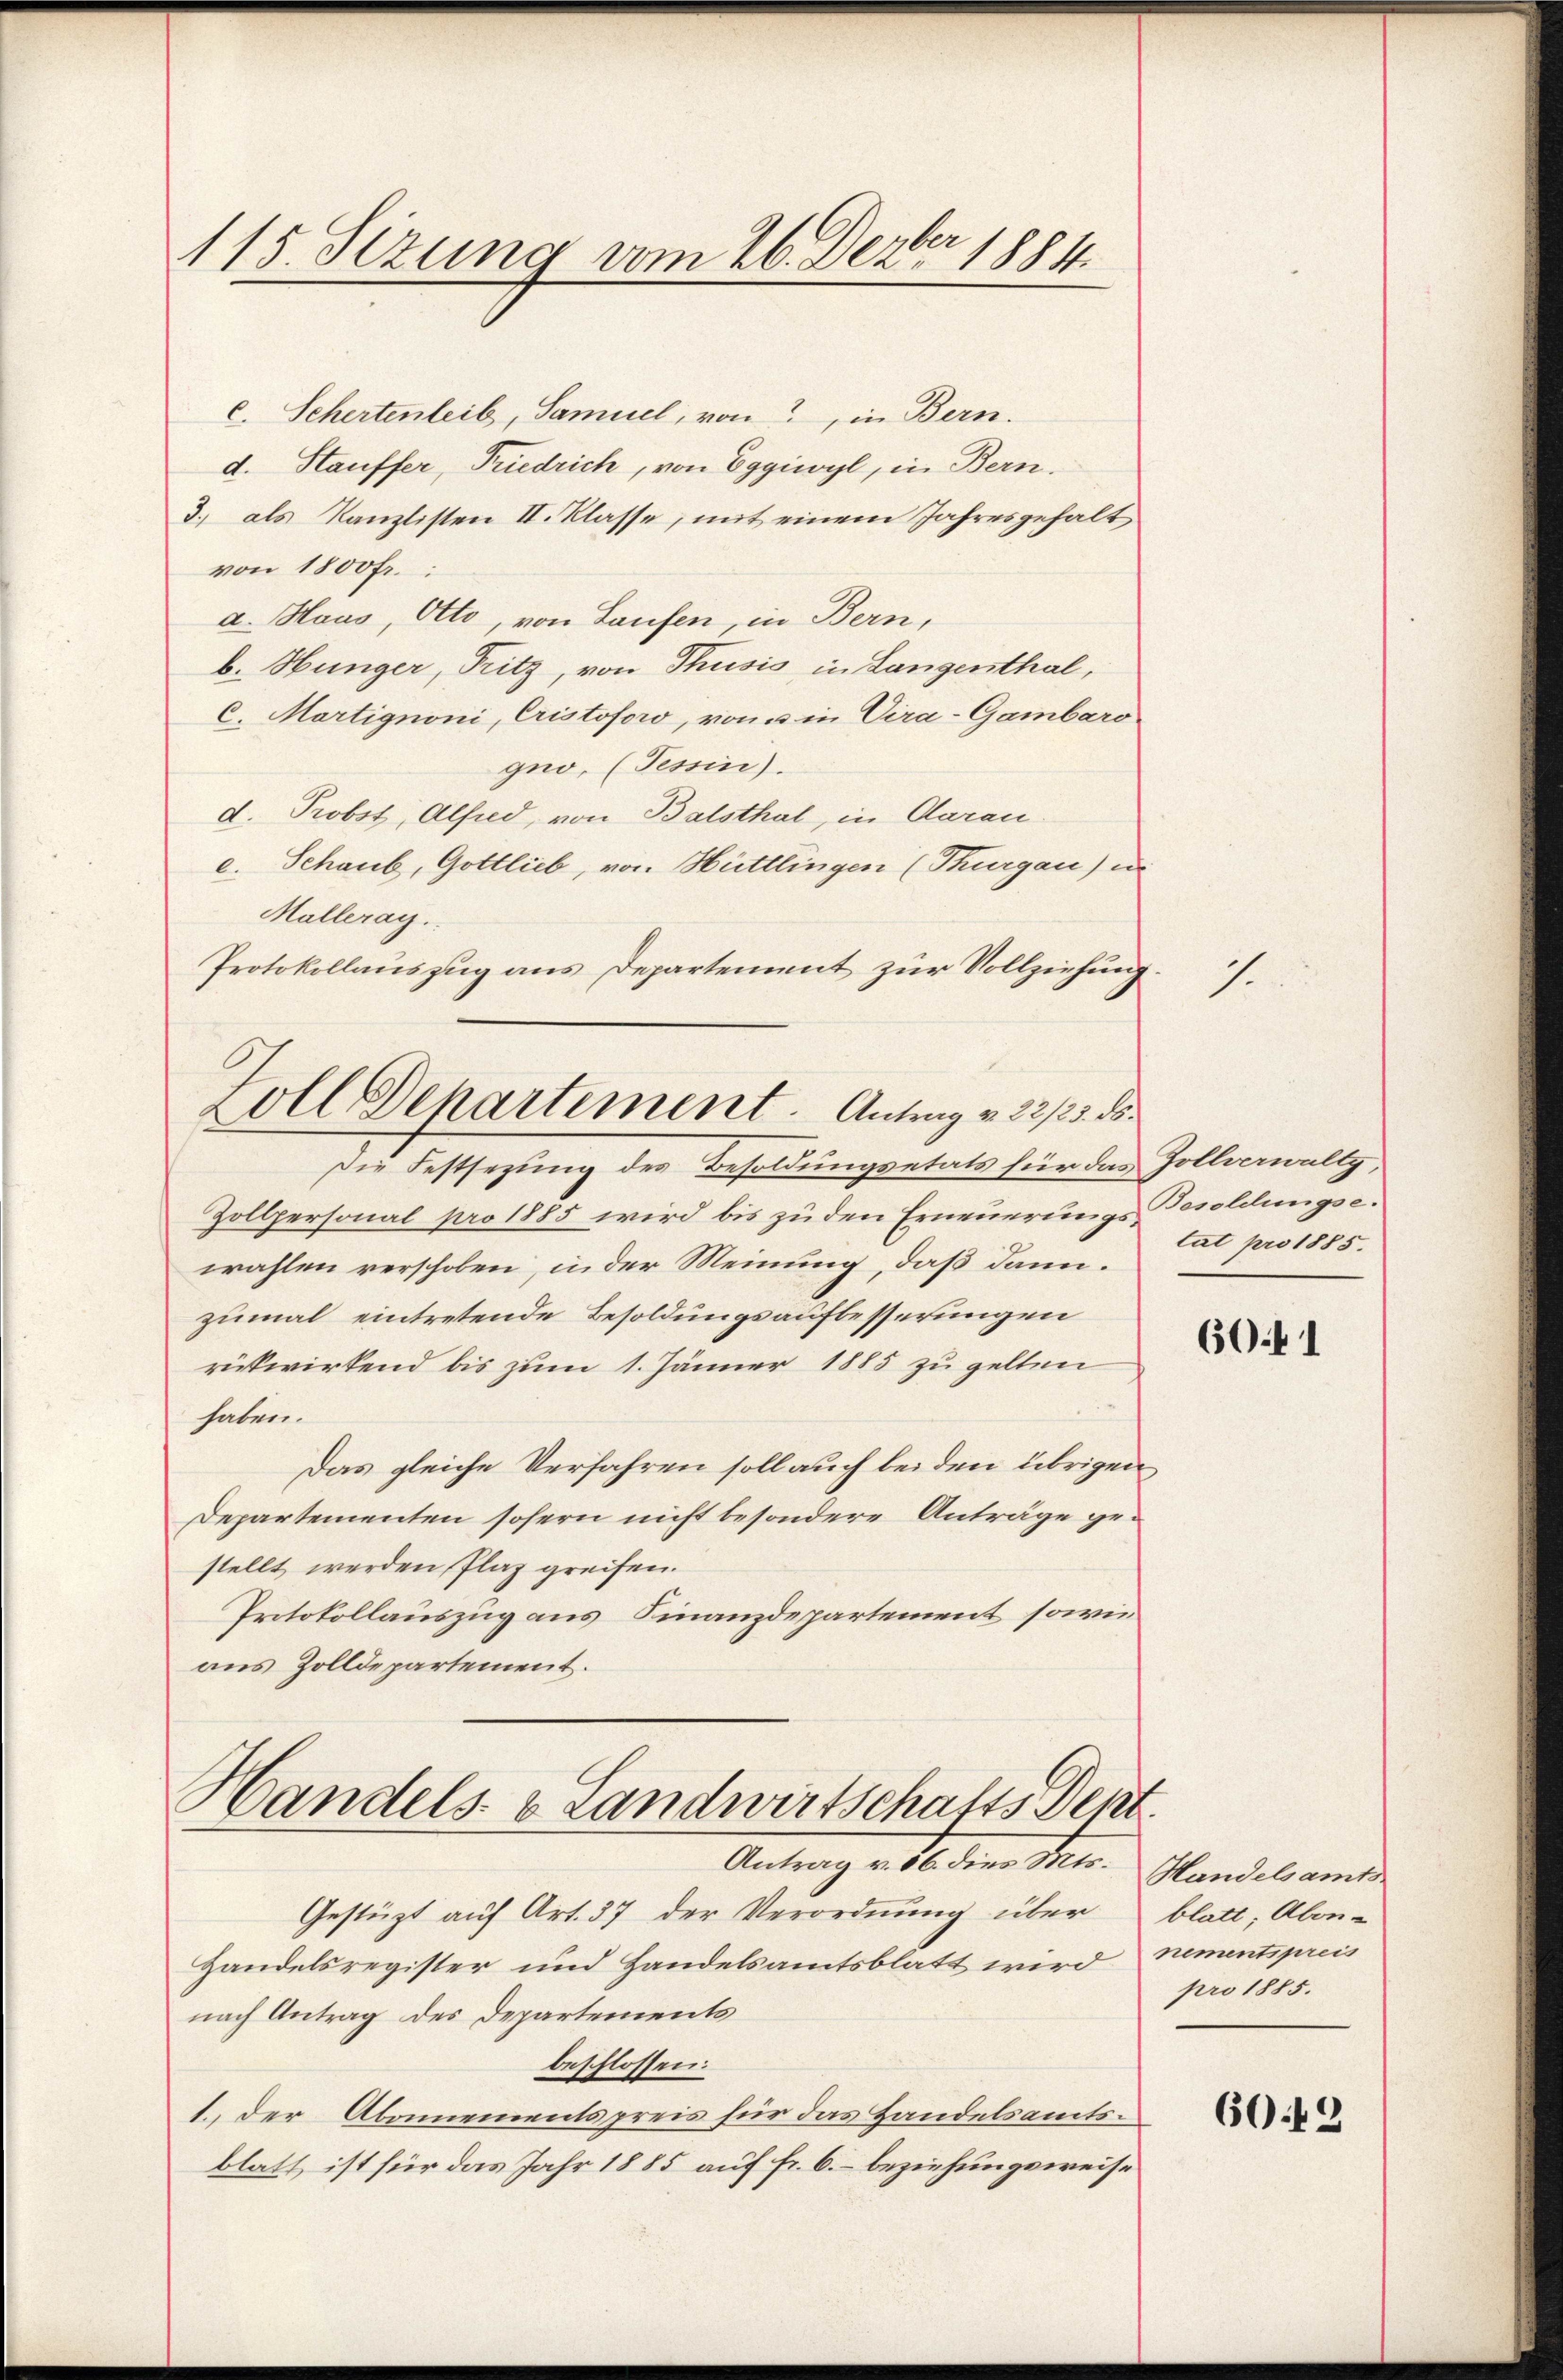
115. Sezung vom 26. Dezbr 1884.

c. Schertenleib, Samuel, von in Bern.
d. Stauffer, Friedrich, von Eggiwyl, in Bern.
3.) als Kanzlisten II. Klasse, mit einem Jahresgehalt
von 1800 fr.:
d. Haus, Otto, von Laufen, in Bern,
b. Hunger, Pritz, von Thusis in Langenthal,
C. Martignoni, Cristoforo, von u in Cira-Gambaro
gew. (Tessin).
d. Probst, Alfred, von Balsthal, in Aarau
e. Schaub, Gottlieb, von Hüttlingen (Thurgau) u.
Malleray.
Protokollauszug aus Departement zur Vollziehung.
Die Festsezung des Besoldungsetats für das Zollverwaltg,
Zollpersonal pro 1885 wird bis zu den Erneuerungs Besoldungsewahlen verschoben, inder Meinung, daß dann.
zumal eintretende Besoldungsaufbesserungen
rückwirkend bis zum 1. Jänner 1885 zu gelten
haben.
Das gleiche Verfahren soll auch bei den übrigen
Departementen sofern nicht besondere Anträge gestellt werden Plaz greifen.
Protokollauszug aus Finanzdepartement, sowie
aus Zolldepartement.
Handels- & Landwirtschafts Dept.
Antrag v. 10 den Meer.
Gestützt auf Art. 37 der Verordnung über blatt, Abon-
Handelsregister und Handelsamtsblatt wird nementspreis
nach Antrag des Departements
beschlossen:
1.) Der Abonnementspreis für das Handelsamtsblatt, ist für das Jahr 1885 auf fr. 6. beziehungsweise

Zoll Departement. Antrag v. 22/25. ds.

7.

tat pro 1885.

6041

Handelsamts-
pro 1885.

60.42